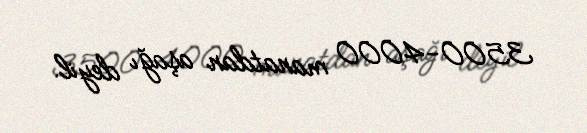
3500-4000 manatdan aşağı deyil.